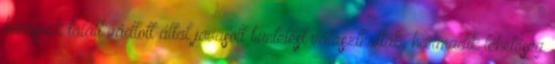
bűnösnek talált vádlott által javasolt büntetést választhatták, harmadik lehetőség